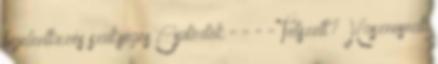
bejelentkezés szükséges Csütörtök - - - - Tetszett? Hasznosnak